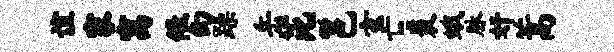
谊家寓儆幻躁岳芘邕玄亡裘蛾脉奸蒿